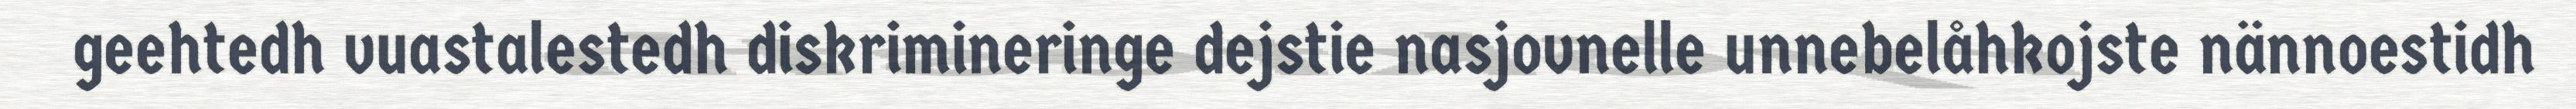
geehtedh vuastalestedh diskrimineringe dejstie nasjovnelle unnebelåhkojste nännoestidh